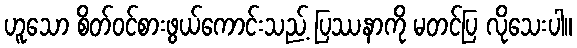
ဟူသော စိတ်ဝင်စားဖွယ်ကောင်းသည့် ပြဿနာကို မတင်ပြ လိုသေးပါ။